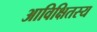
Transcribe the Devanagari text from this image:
आविक्षितस्य